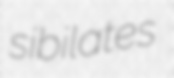
sibilates